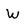
Character: W